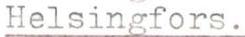
Helsingfors.